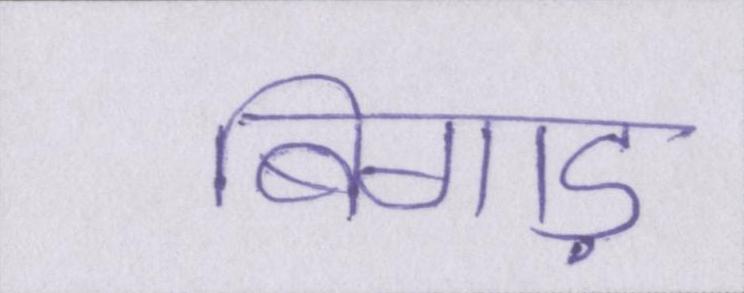
बिगाड़